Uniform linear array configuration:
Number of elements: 32
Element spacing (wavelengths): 0.5
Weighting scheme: kaiser
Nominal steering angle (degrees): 60
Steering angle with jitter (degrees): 59.331
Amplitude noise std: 0.05
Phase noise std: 0.05

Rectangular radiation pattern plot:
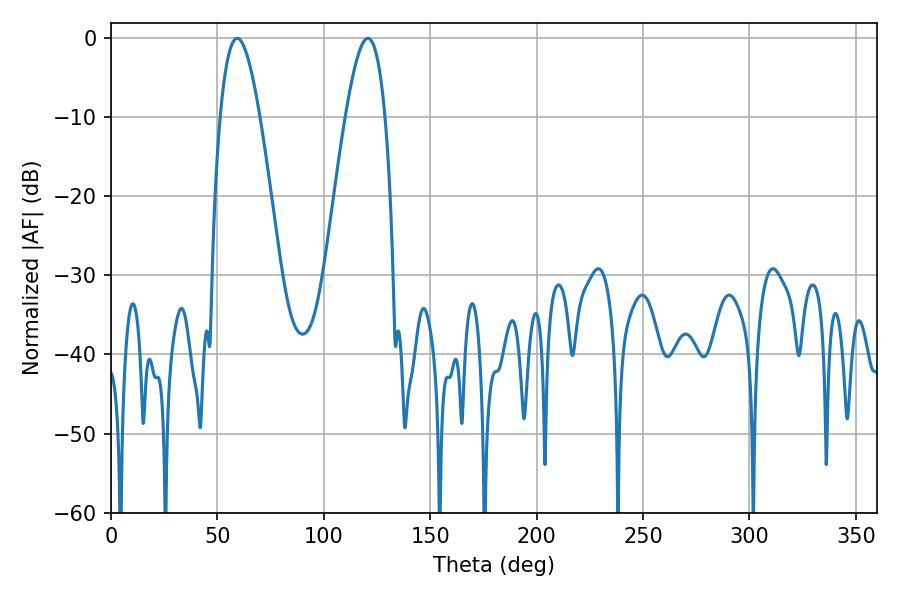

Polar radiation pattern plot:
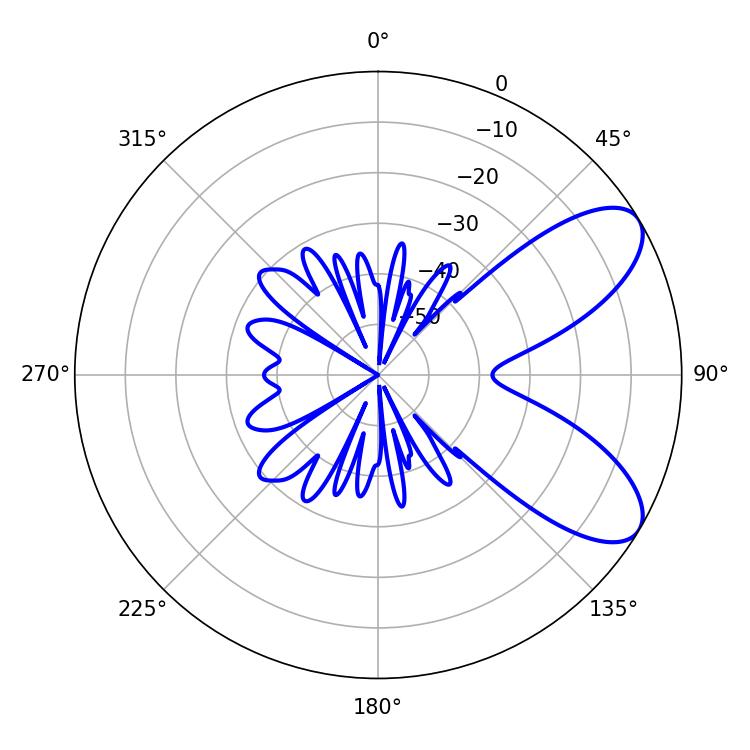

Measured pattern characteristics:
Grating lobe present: FALSE
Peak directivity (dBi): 7.82
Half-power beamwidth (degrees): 10.26
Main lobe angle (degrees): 59.22